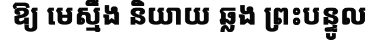
ឱ្យ មេស្មឹង និយាយ ឆ្លង ព្រះបន្ទូល